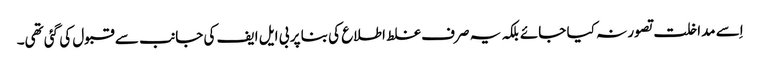
اِسے مداخلت تصور نہ کیا جائے بلکہ یہ صرف غلط اطلاع کی بنا پر بی ایل ایف کی جانب سے قبول کی گئی تھی۔